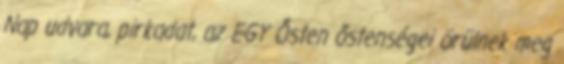
Nap udvara, pirkadat, az EGY Ősten őstenségei örülnek meg